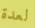
لعدة